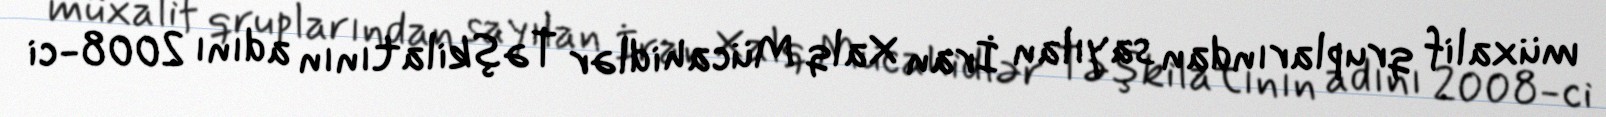
müxalif qruplarından sayılan İran Xalq Mücahidlər Təşkilatının adını 2008-ci